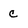
Character: c